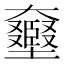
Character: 𡚛